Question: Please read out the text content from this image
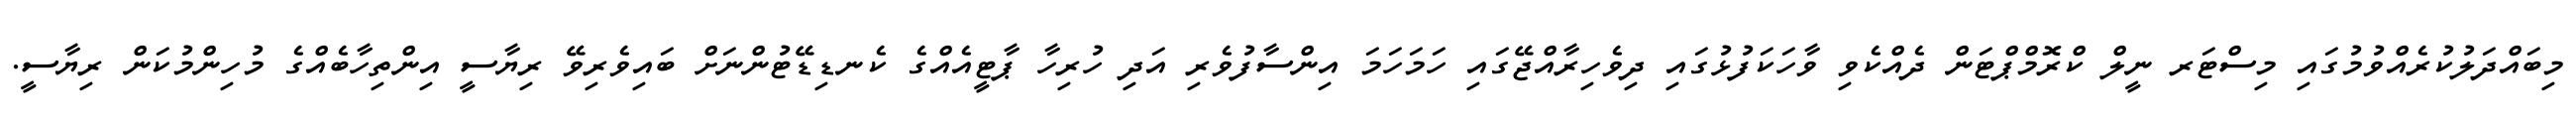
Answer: މިބައްދަލުކުރެއްވުމުގައި މިސްޓަރ ނީލް ކްރޮމްޕްޓަން ދެއްކެވި ވާހަކަފުޅުގައި ދިވެހިރާއްޖޭގައި ހަމަހަމަ އިންސާފުވެރި އަދި ހުރިހާ ޕާޓީއެއްގެ ކެނޑިޑޭޓުންނަށް ބައިވެރިވޭ ރިޔާސީ އިންތިހާބެއްގެ މުހިންމުކަން ރިޔާސީ.